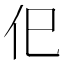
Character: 㐶